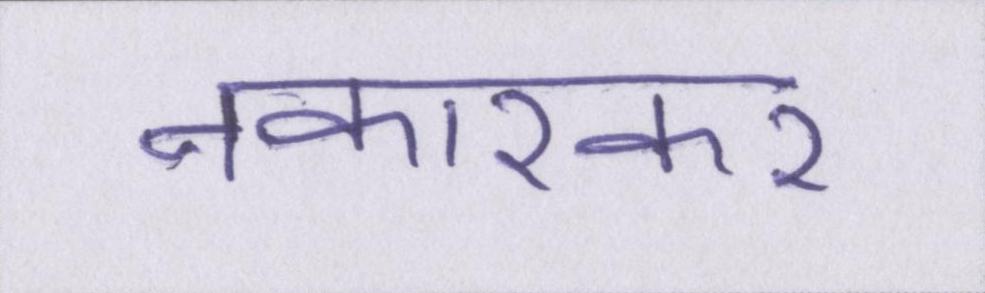
नकारकर